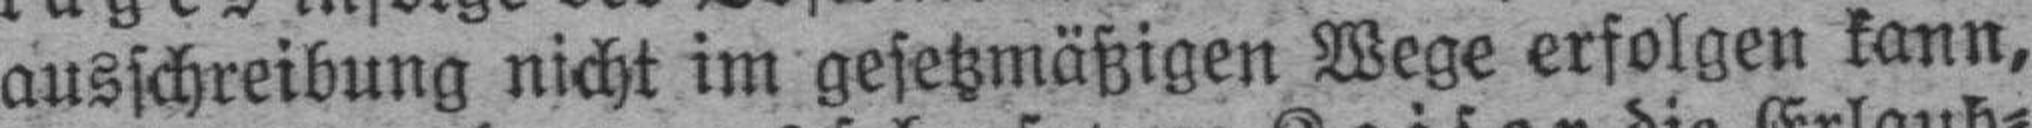
ausschreibung nicht im gesetzmäßigen Wege erfolgen kann,